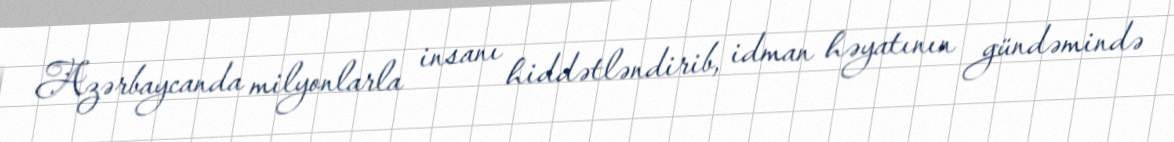
Azərbaycanda milyonlarla insanı hiddətləndirib, idman həyatının gündəmində